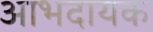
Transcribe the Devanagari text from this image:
आभदायक